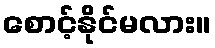
စောင့်နိုင်မလား။